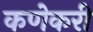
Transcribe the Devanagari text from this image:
कणेकरी